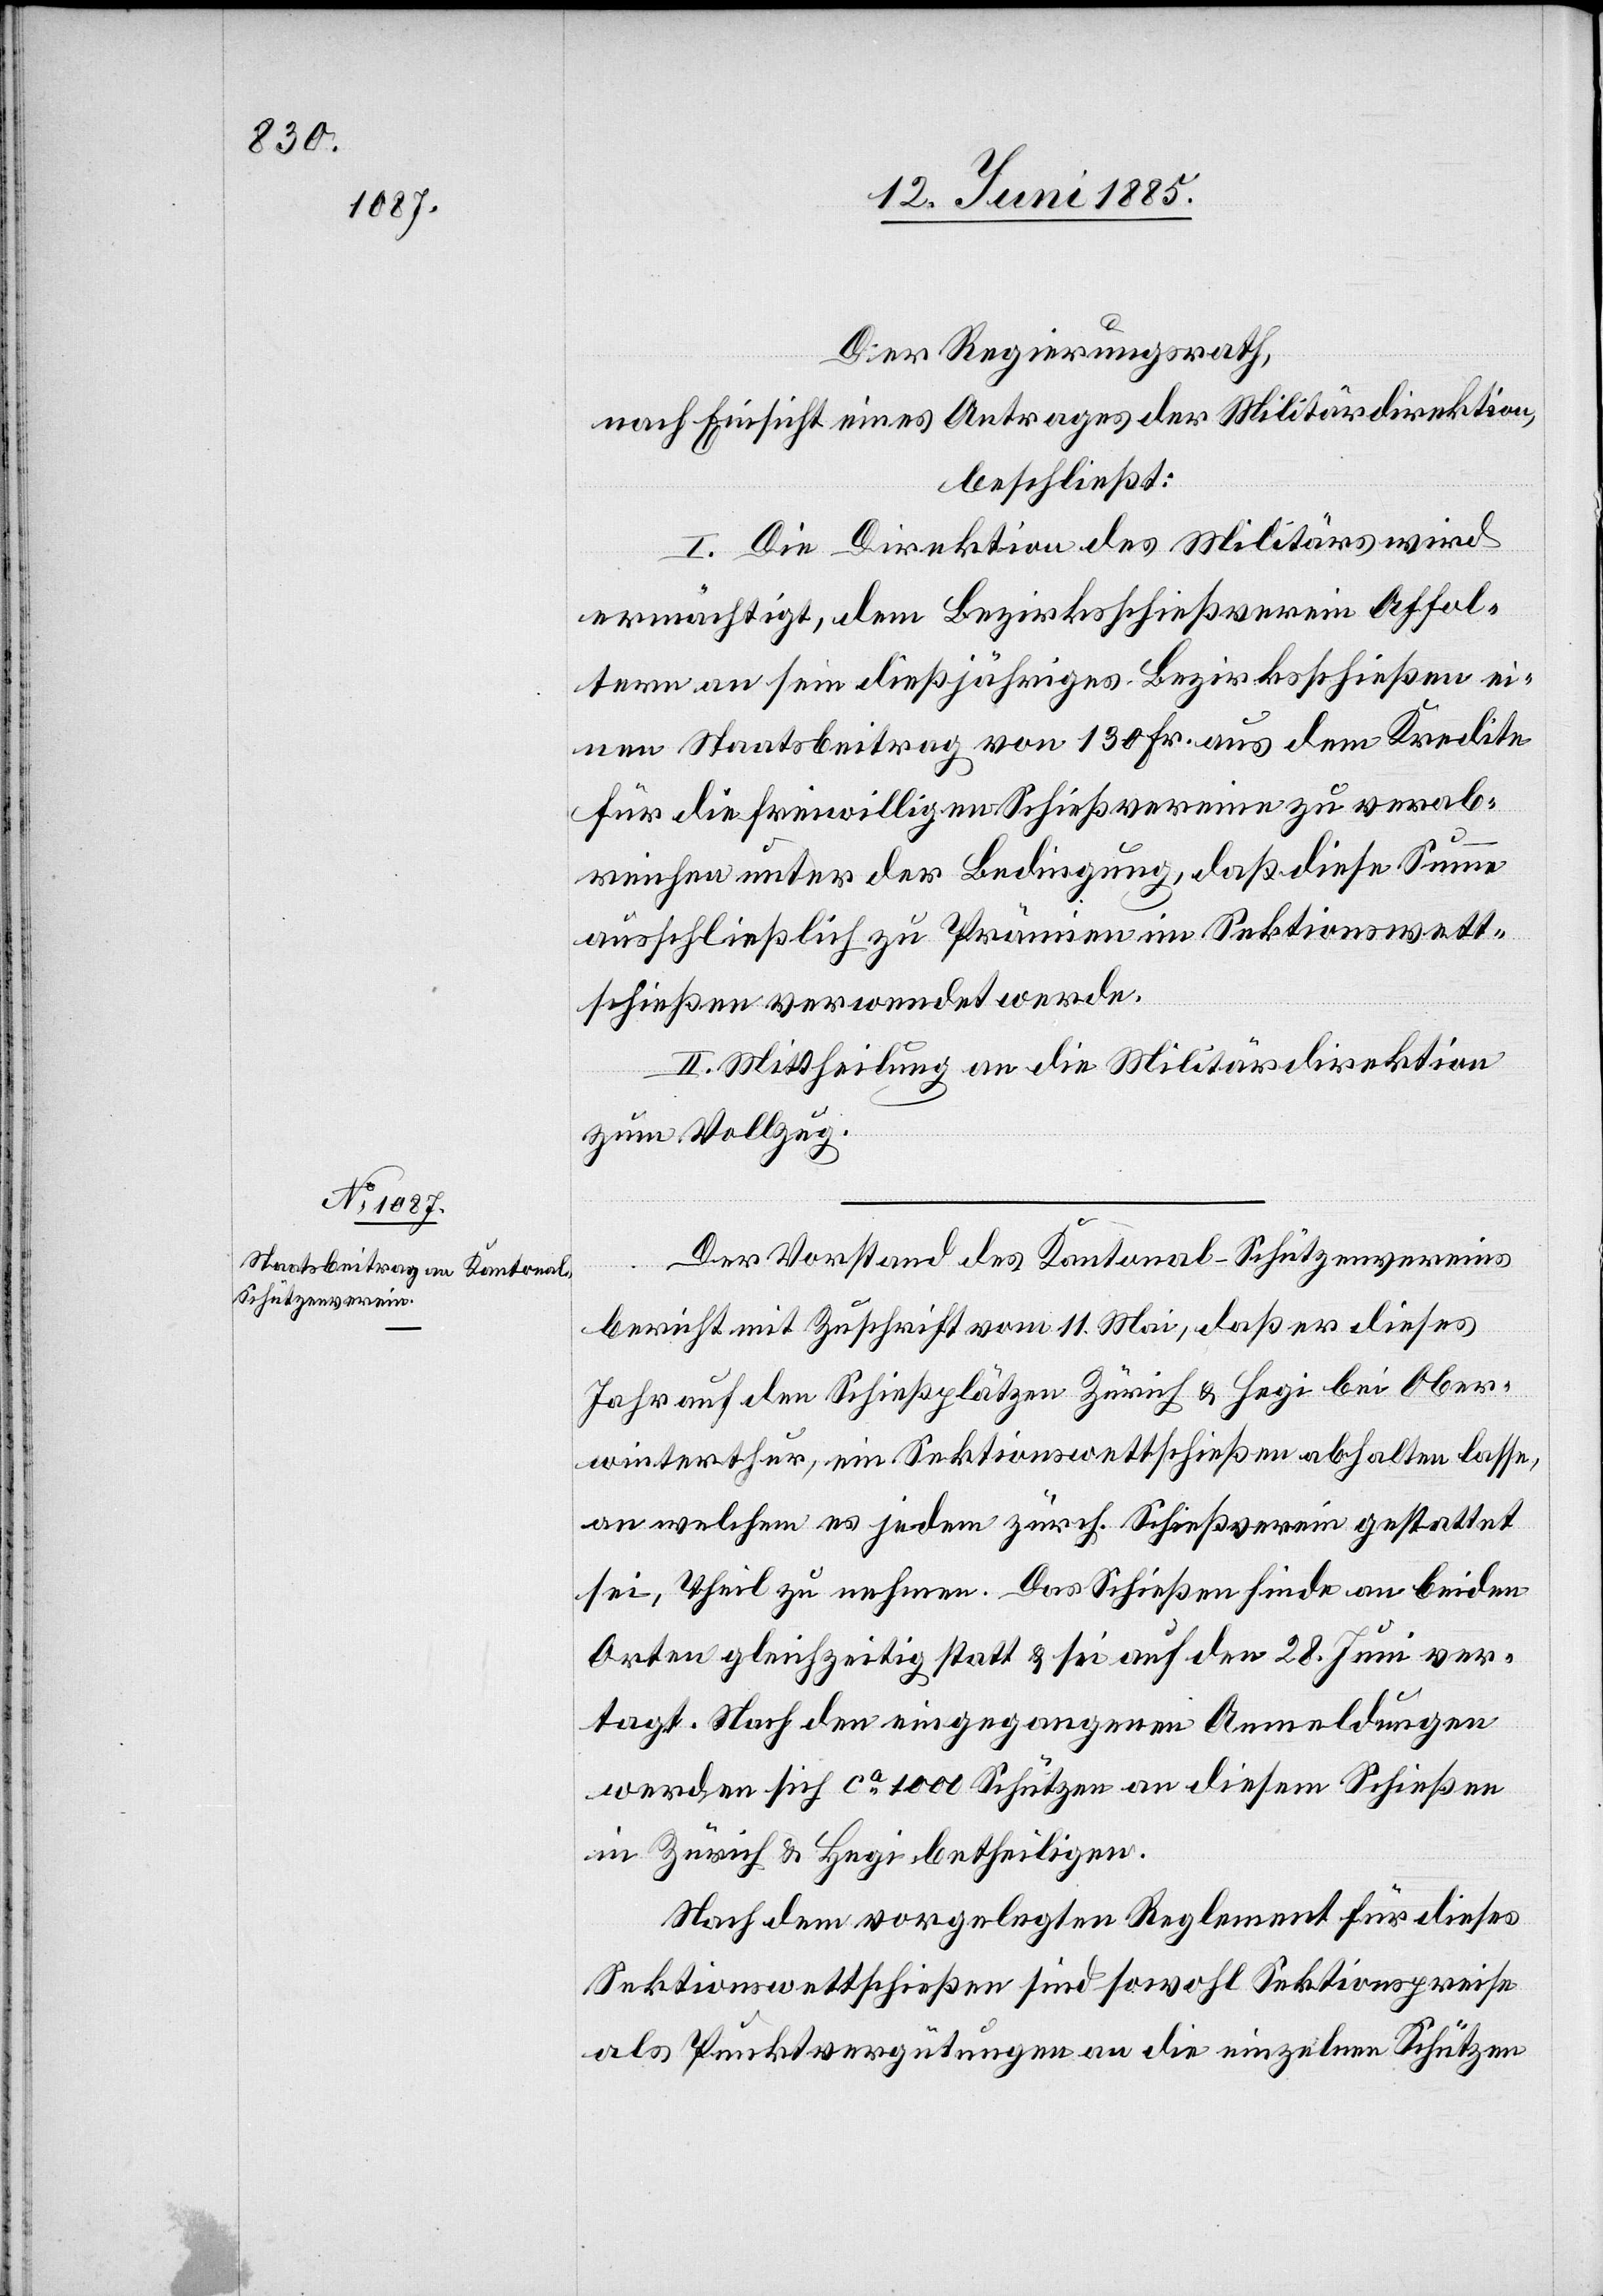
Der Regierungsrath,
nach Einsicht eines Antrages der Militärdirektion,
beschließt:
I. Die Direktion des Militärs wird
ermächtigt, dem Bezirksschießverein Affol¬
tern an sein dießjähriges Bezirksschießen ei¬
nen Staatsbeitrag von 130 Fr. aus dem Kredite
für die freiwilligen Schießvereine zu verab¬
reichen unter der Bedingung, daß diese Summe
ausschließlich zu Prämien im Sektionswett¬
schießen verwendet werde.
II. Mittheilung an die Militärdirektion
zum Vollzug.
Der Vorstand des Kantonal-Schützenvereins
bericht[et] mit Zuschrift vom 11. Mai, daß er dieses
Jahr auf den Schießplätzen Zürich & Hegi bei Ober¬
winterthur, ein Sektionswettschießen abhalten lasse,
an welchem es jedem zürch. Schießverein gestattet
sei, Theil zu nehmen. Das Schießen finde an beiden
Orten gleichzeitig statt & sei auf den 28. Juni ver¬
tagt. Nach den eingegangenen Anmeldungen
werden sich ca 1000 Schützen an diesem Schießen
in Zürich & Hegi betheiligen.
Nach dem vorgelegten Reglement für dieses
Sektionswettschießen sind sowohl Sektionspreise
als Punktvergütungen an die einzelnen Schützen